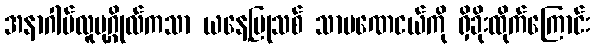
အနာဂါမ်လူပုဂ္ဂိုလ်ကသာ ယနေ့ပြုသစ် သာမဏေငယ်ကို ရှိခိုးထိုက်ကြောင်း